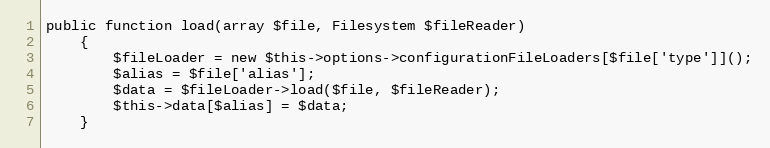
Language: PHP
public function load(array $file, Filesystem $fileReader)
    {
        $fileLoader = new $this->options->configurationFileLoaders[$file['type']]();
        $alias = $file['alias'];
        $data = $fileLoader->load($file, $fileReader);
        $this->data[$alias] = $data;
    }